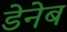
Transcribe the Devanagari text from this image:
डेनेब